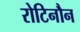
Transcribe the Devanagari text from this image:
रोटिनौन